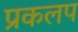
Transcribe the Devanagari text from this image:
प्रकलप